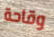
وقاحة